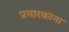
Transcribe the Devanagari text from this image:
प्रचारकांना